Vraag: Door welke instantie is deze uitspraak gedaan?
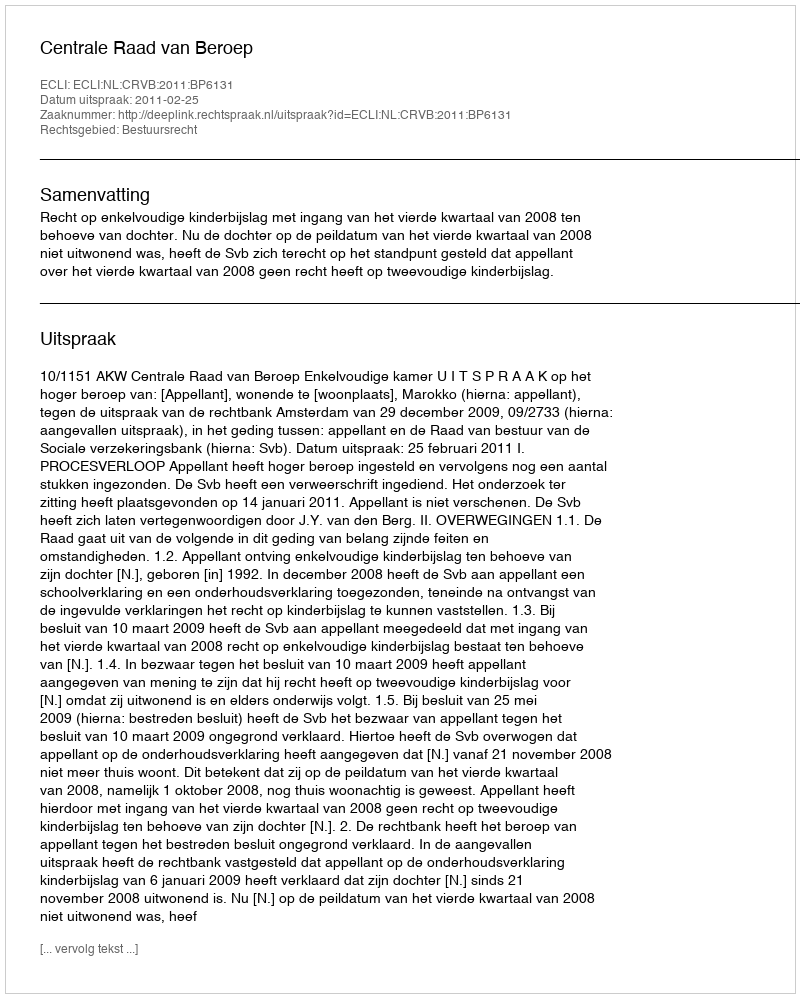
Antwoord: Centrale Raad van Beroep